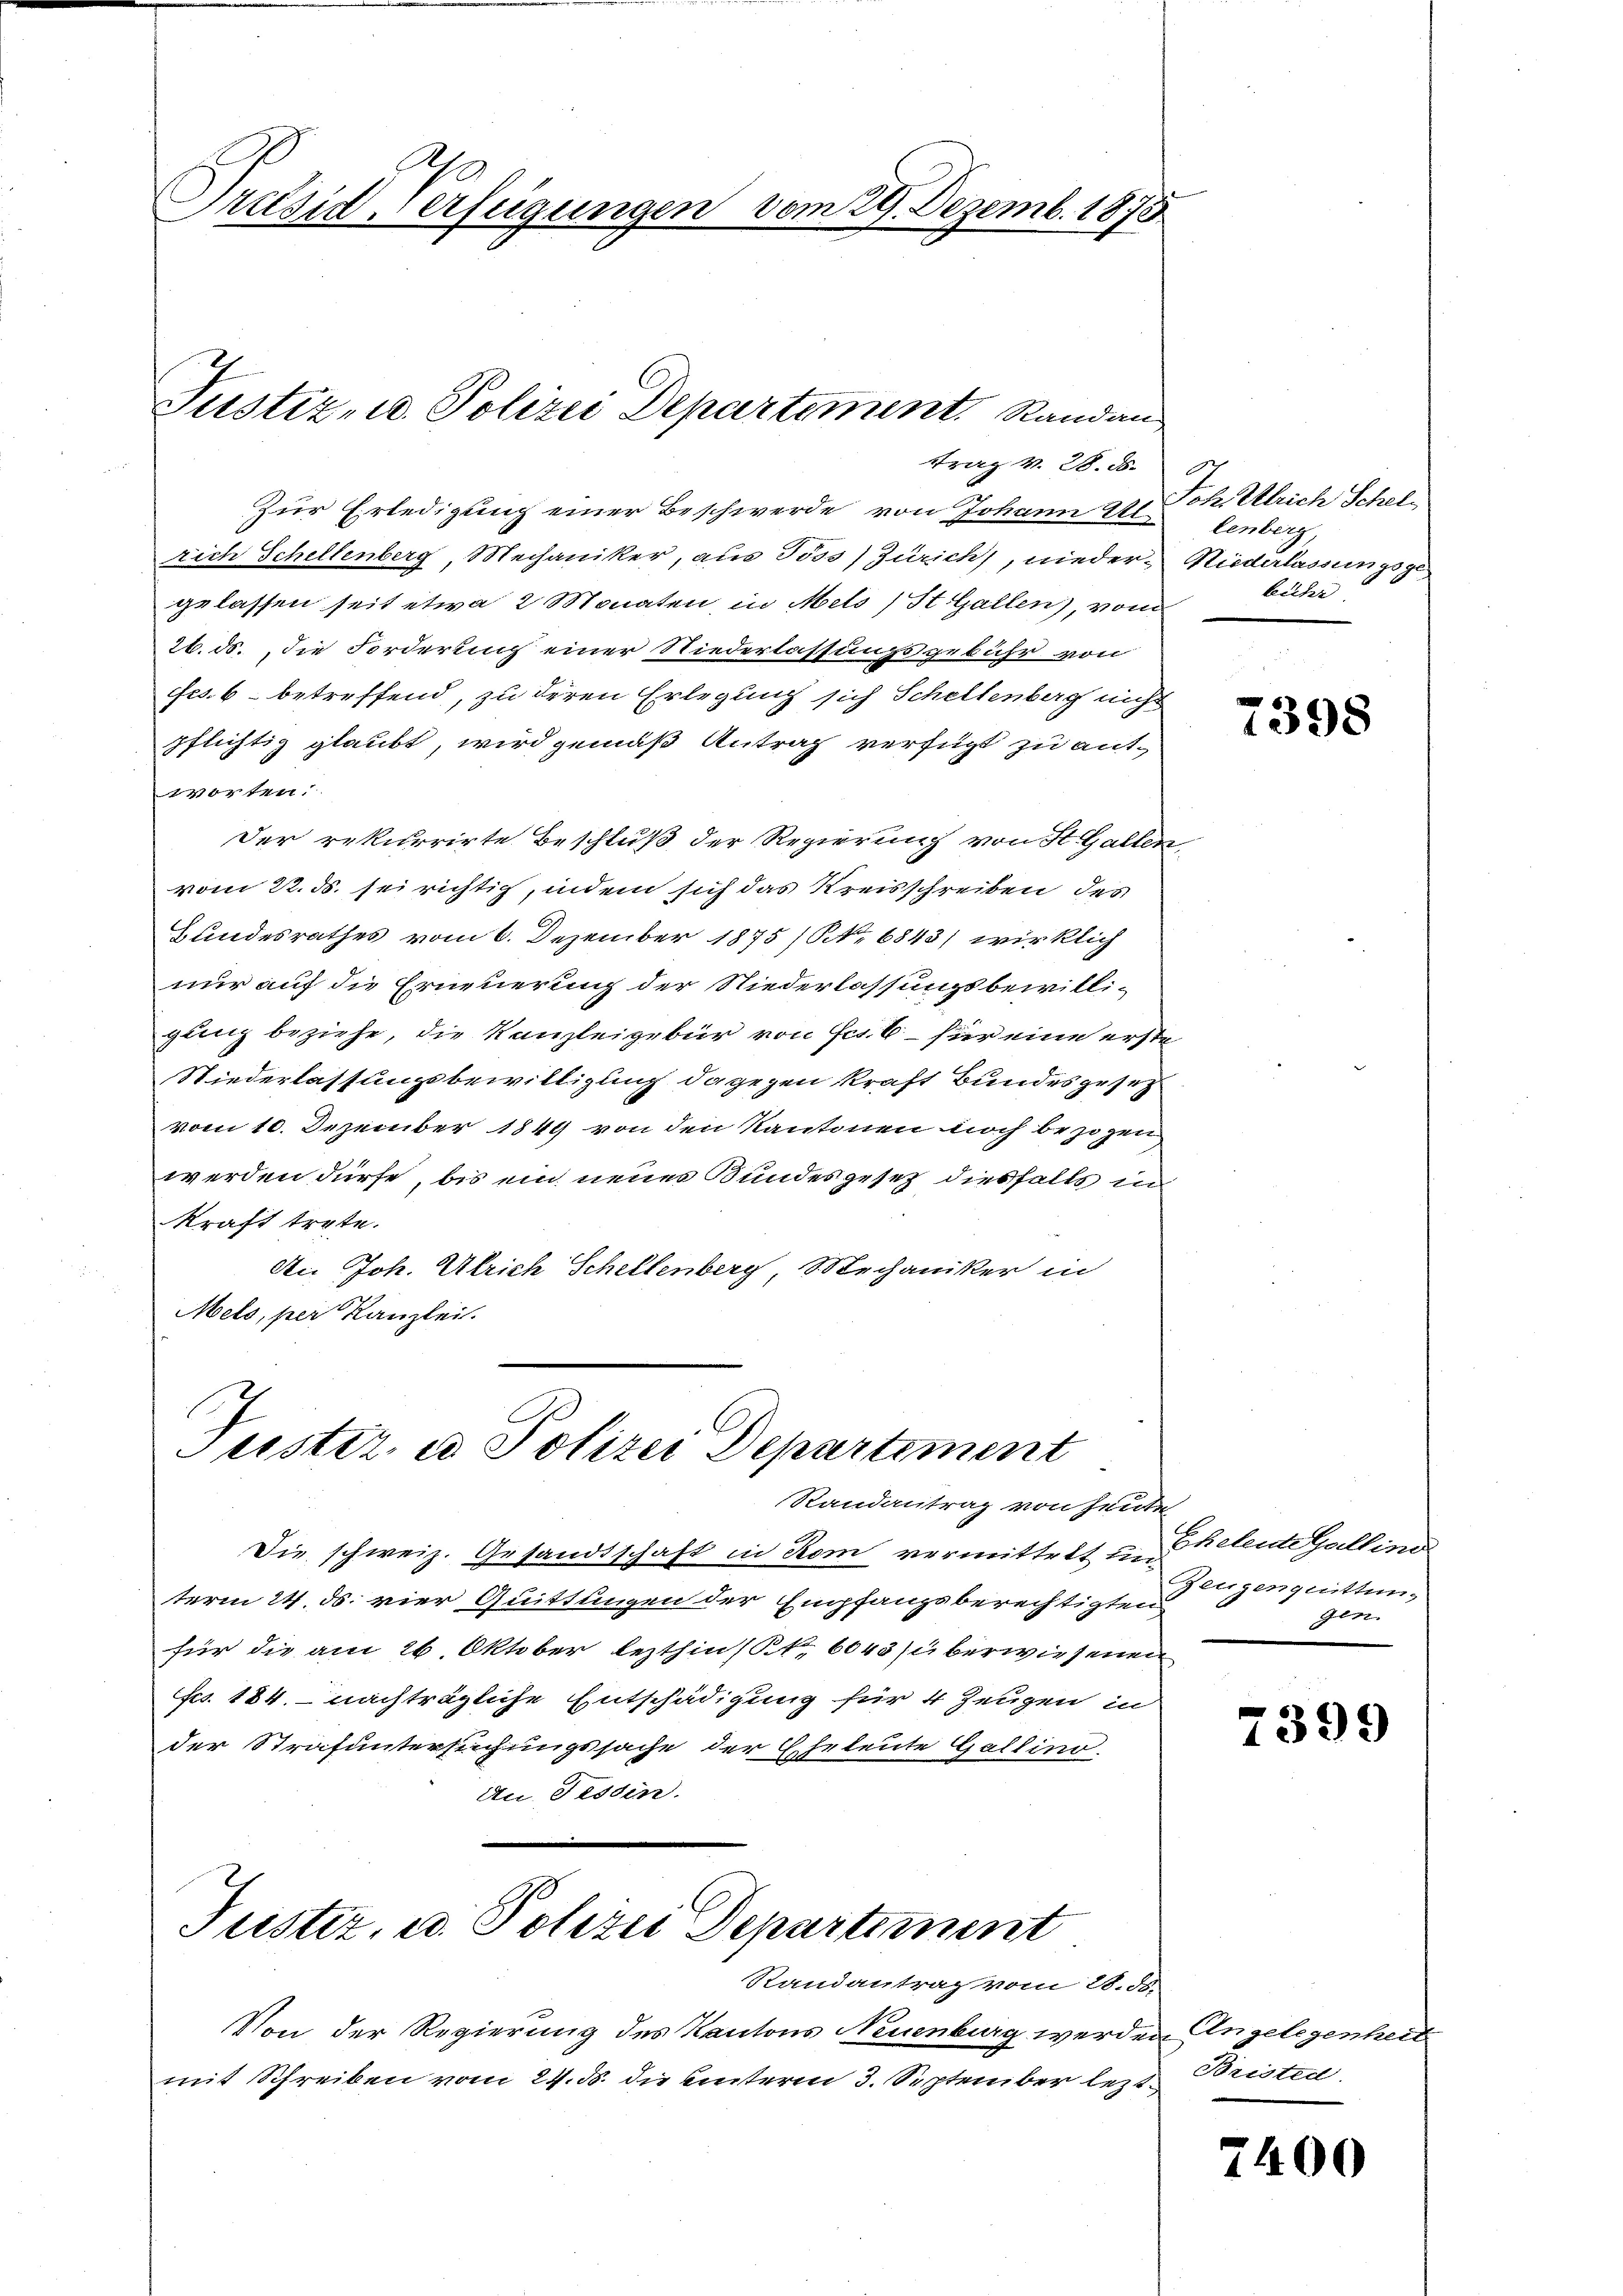
Præsid, Verfügungen vom 29. Dezemb. 1873

Zur Erledigung einer Beschwerde von Johann Altenberg,
rich Schellenberg, Mechaniker, aus Poss) Zürich), nieder Niederlassungsge
gelassen seit etwa 2 Monaten, in Mels (St. Gallen), vom
26. ds. die Forderung einer Niederlassungsgebühr von
fes. 6 betreffend, zu deren Erlegung sich Schellenberg nicht
pflichtig glaubt, wird gemäß Antrag verfügt zu antworten.
Der rekurrirte Beschluß der Regierung von St. Gallen
vom 22. ds. sei richtig, indem sich das Kreisschreiben des
Bundesrathes vom 6. Dezember 1875 / NNo. 6843) wirklich
nur auf die Erneuerung der Niederlassungsbewilli-
gung beziehe, die Kanzleigebür von Fr. 6 für eine erste
Niederlassungsbewilligung dagegen kraft Bundesgesetz
vom 10. Dezember 1849 von den Kantonen noch bezogen
werden dürfe, bis ein neues Bundesgesetz diesfalls in
kraft trete.
An Joh. Ulrich Schellenberg, Mechaniker in
Mels, per Kanzlei.

Justiz- u. Polizei Departement, Randan

.
Tuster, u. Polizei Departement

Puester, u. Polizei Departiment

trag v. 28. d.

Randantrag von heute
Die schweiz. Gesandtschaft in Rom vermittelt in Helende Gallino
term 24. ds. vier Quittungen der Empfangsberechtigten
für die am 26 Oktober lezthin (S. 6043 (überwiesenen
fes. 184. nachträgliche Entschädigung für 4 Zeugen in
der Strafuntersuchungssache der Eheleute Gallino.
An Tessin.

Randantrag vom 28. ds.
Von der Regierung des Kantons Neuenburg werden Angelegenhei
mit Schreiben vom 24. ds. die unterm 3. September lezt. Bristed

.
Johrlrich Schel,
bücher

7398

Zeugenquittung
gen.

7399

7400